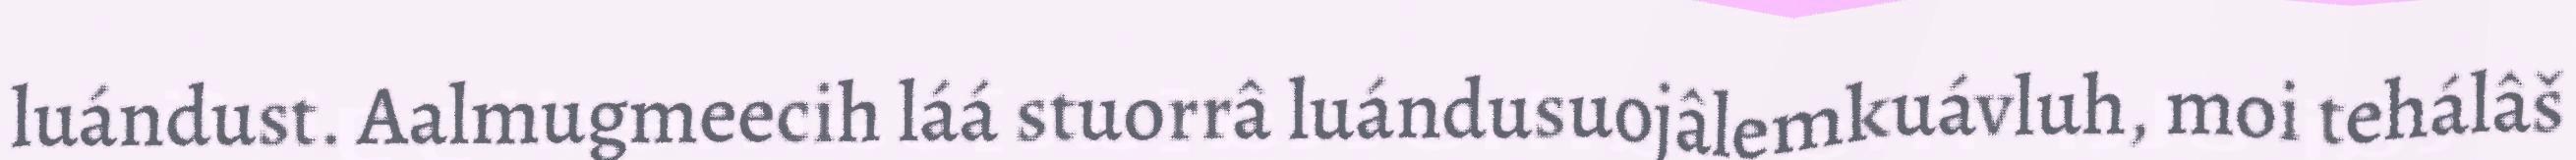
luándust. Aalmugmeecih láá stuorrâ luándusuojâlemkuávluh, moi tehálâš